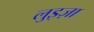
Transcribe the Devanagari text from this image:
लुइज़ा